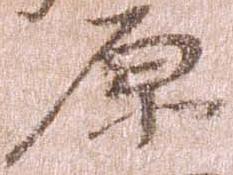
原